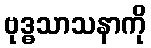
ဗုဒ္ဓသာသနာကို